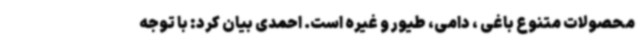
محصولات متنوع باغی ، دامی، طیور و غیره است. احمدی بیان کرد: با توجه